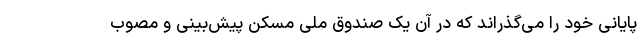
پایانی خود را می‌گذراند که در آن یک صندوق ملی مسکن پیش‌بینی و مصوب